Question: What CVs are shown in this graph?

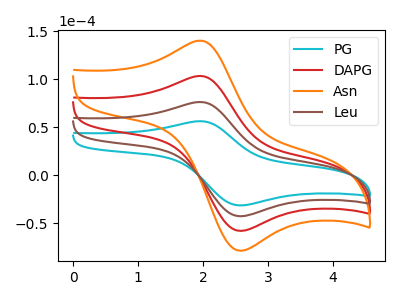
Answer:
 <answer>The cyan curve is labeled "PG". The red curve is labeled "DAPG". The orange curve is labeled "Asn". The brown curve is labeled "Leu".</answer>
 <eval></eval>